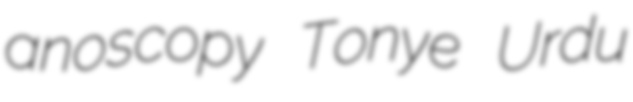
anoscopy Tonye Urdu